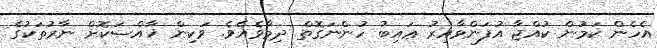
އެހެން ކަމުން ކުއްޖާ އުފަންވާއިރު ޢައިބު ހުންނަގޮތް ދިމާވެއެވެ. ވަކިން ޚާއްޞަކޮށް ނާރުތަކުގެ